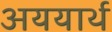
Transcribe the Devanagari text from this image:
अययार्थ